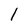
Character: I